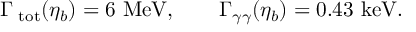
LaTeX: \Gamma _ { \mathrm { \scriptsize ~ t o t } } ( \eta _ { b } ) = 6 ~ \mathrm { M e V } , \qquad \Gamma _ { \gamma \gamma } ( \eta _ { b } ) = 0 . 4 3 ~ \mathrm { k e V } .